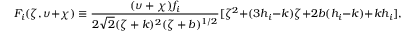
F _ { i } ( \zeta , \upsilon + \chi ) \equiv \frac { ( \upsilon + \chi ) f _ { i } } { 2 \sqrt { 2 } ( \zeta + k ) ^ { 2 } ( \zeta + b ) ^ { 1 / 2 } } [ \zeta ^ { 2 } + ( 3 h _ { i } - k ) \zeta + 2 b ( h _ { i } - k ) + k h _ { i } ] , \qquad i = E ^ { \prime } , U ^ { \prime } , D ^ { \prime } .